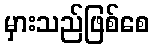
မှားသည်ဖြစ်စေ